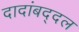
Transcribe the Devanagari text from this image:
दादांबद्दल